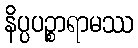
နိပ္ပပဉ္စာရာမဿ